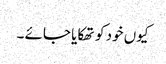
کیوں خود کو تھکایا جائے ۔